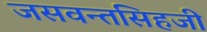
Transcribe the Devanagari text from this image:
जसवन्तसिहजी